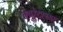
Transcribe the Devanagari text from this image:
क्युरेटरच्या